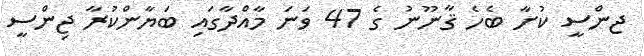
ޖންސީ ކުށާ ބެހެ ޤާނޫނު ގެ 47 ވަނަ މާއްދާގައި ބަޔާންކުރާ ޖިންސީ